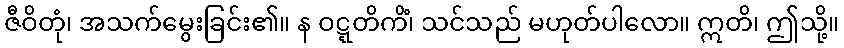
ဇီဝိတုံ၊ အသက်မွေးခြင်း၏။ န ဝဋ္ဋတိကိံ၊ သင်သည် မဟုတ်ပါလော။ ဣတိ၊ ဤသို့။